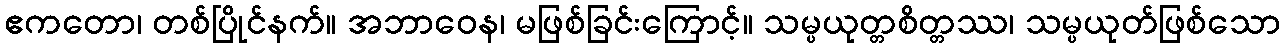
ဧကတော၊ တစ်ပြိုင်နက်။ အဘာဝေန၊ မဖြစ်ခြင်းကြောင့်။ သမ္ပယုတ္တစိတ္တဿ၊ သမ္ပယုတ်ဖြစ်သော